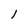
Character: l